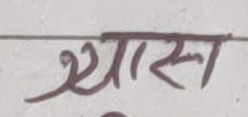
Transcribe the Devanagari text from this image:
थ्यास